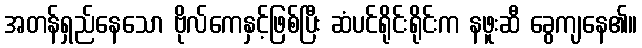
အတန်ရှည်နေသော ဗိုလ်ကေနှင့်ဖြစ်ပြီး ဆံပင်ရိုင်းရိုင်းက နဖူးဆီ ခွေကျနေ၏။